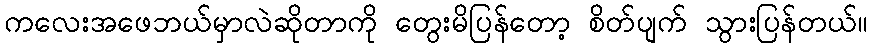
ကလေးအဖေဘယ်မှာလဲဆိုတာကို တွေးမိပြန်တော့ စိတ်ပျက် သွားပြန်တယ်။